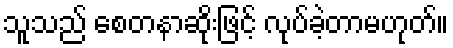
သူသည် စေတနာဆိုးဖြင့် လုပ်ခဲ့တာမဟုတ်။